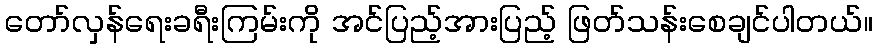
တော်လှန်ရေးခရီးကြမ်းကို အင်ပြည့်အားပြည့် ဖြတ်သန်းစေချင်ပါတယ်။